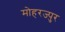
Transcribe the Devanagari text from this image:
मोहरज्पुर